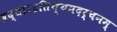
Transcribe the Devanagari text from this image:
श्रद्धाऽऽतिथ्यमदर्चनम्